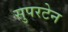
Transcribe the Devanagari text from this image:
सुपरटेन